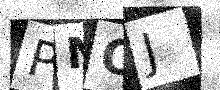
Text: PMOJ